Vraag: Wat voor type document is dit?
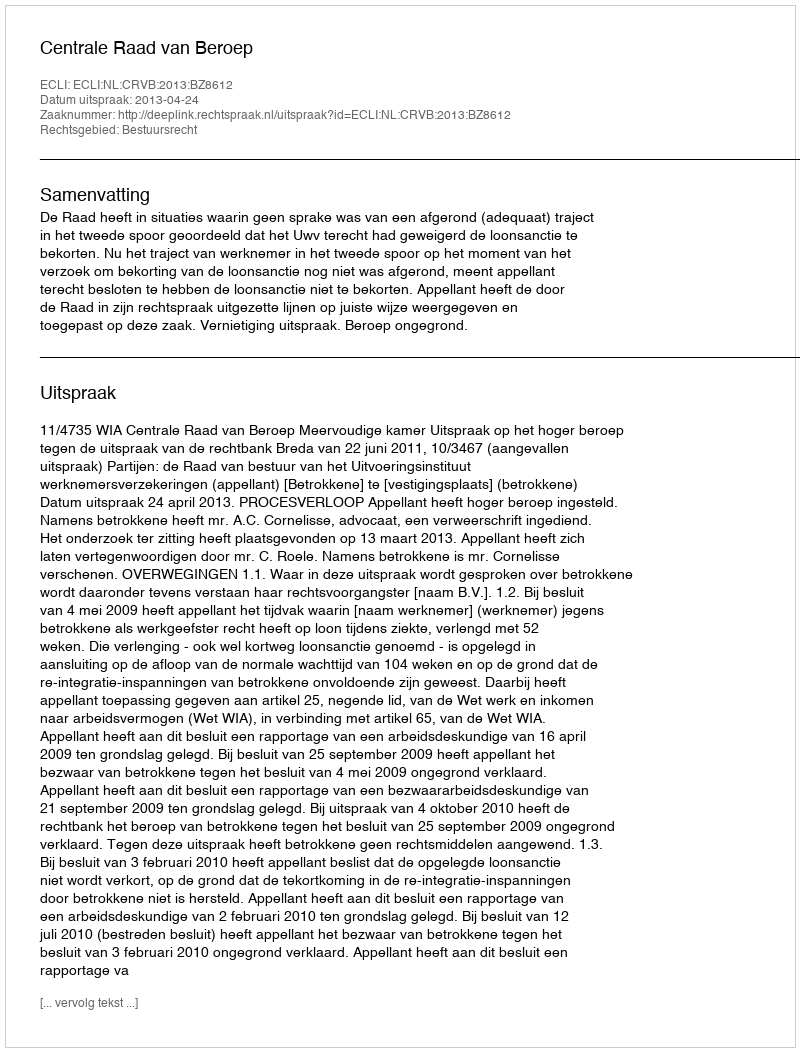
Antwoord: Uitspraak